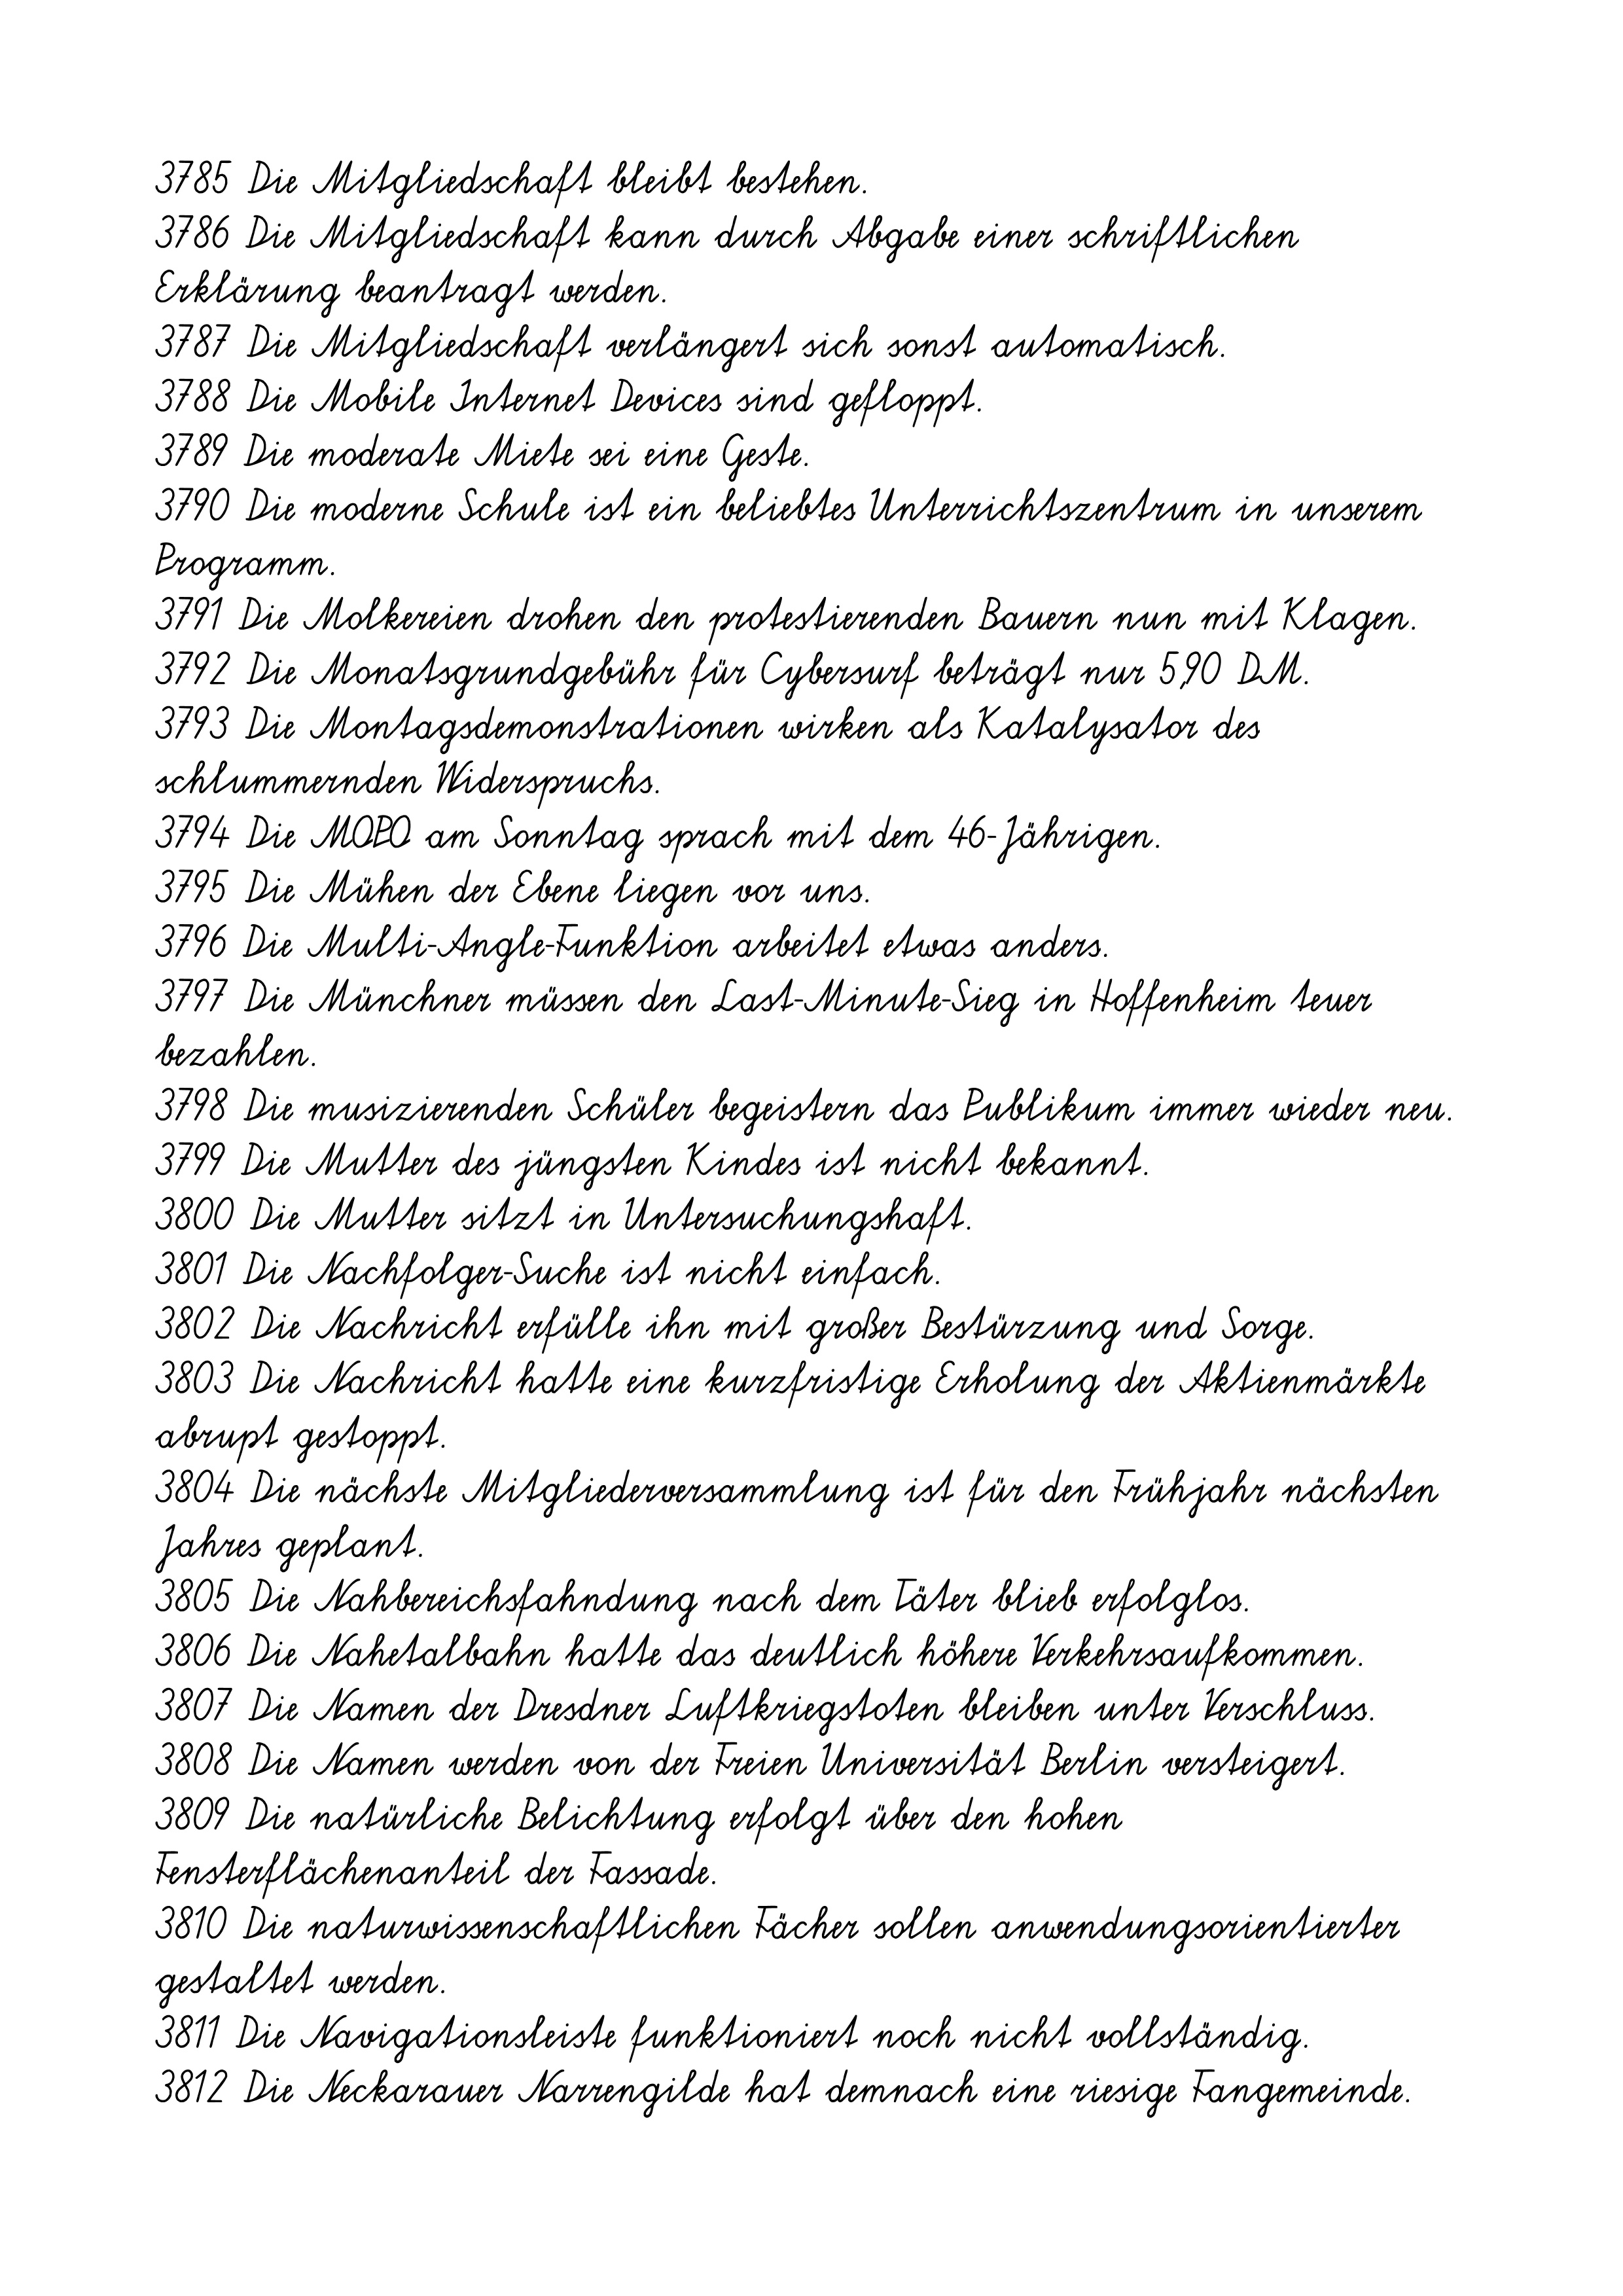
3785 Die Mitgliedschaft bleibt bestehen.
3786 Die Mitgliedschaft kann durch Abgabe einer schriftlichen
Erklärung beantragt werden.
3787 Die Mitgliedschaft verlängert sich sonst automatisch.
3788 Die Mobile Internet Devices sind gefloppt.
3789 Die moderate Miete sei eine Geste.
3790 Die moderne Schule ist ein beliebtes Unterrichtszentrum in unserem
Programm.
3791 Die Molkereien drohen den protestierenden Bauern nun mit Klagen.
3792 Die Monatsgrundgebühr für Cybersurf beträgt nur 5,90 DM.
3793 Die Montagsdemonstrationen wirken als Katalysator des
schlummernden Widerspruchs.
3794 Die MOPO am Sonntag sprach mit dem 46-Jährigen.
3795 Die Mühen der Ebene liegen vor uns.
3796 Die Multi-Angle-Funktion arbeitet etwas anders.
3797 Die Münchner müssen den Last-Minute-Sieg in Hoffenheim teuer
bezahlen.
3798 Die musizierenden Schüler begeistern das Publikum immer wieder neu.
3799 Die Mutter des jüngsten Kindes ist nicht bekannt.
3800 Die Mutter sitzt in Untersuchungshaft.
3801 Die Nachfolger-Suche ist nicht einfach.
3802 Die Nachricht erfülle ihn mit großer Bestürzung und Sorge.
3803 Die Nachricht hatte eine kurzfristige Erholung der Aktienmärkte
abrupt gestoppt.
3804 Die nächste Mitgliederversammlung ist für den Frühjahr nächsten
Jahres geplant.
3805 Die Nahbereichsfahndung nach dem Täter blieb erfolglos.
3806 Die Nahetalbahn hatte das deutlich höhere Verkehrsaufkommen.
3807 Die Namen der Dresdner Luftkriegstoten bleiben unter Verschluss.
3808 Die Namen werden von der Freien Universität Berlin versteigert.
3809 Die natürliche Belichtung erfolgt über den hohen
Fensterflächenanteil der Fassade.
3810 Die naturwissenschaftlichen Fächer sollen anwendungsorientierter
gestaltet werden.
3811 Die Navigationsleiste funktioniert noch nicht vollständig.
3812 Die Neckarauer Narrengilde hat demnach eine riesige Fangemeinde.